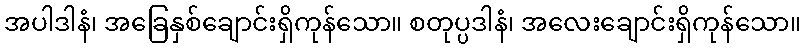
အပါဒါနံ၊ အခြေနှစ်ချောင်းရှိကုန်သော။ စတုပ္ပဒါနံ၊ အလေးချောင်းရှိကုန်သော။